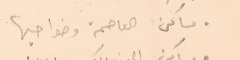
● مساكن العاصمة وضواحيها